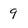
Character: 9